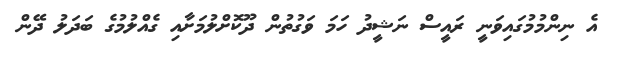
އެ ނިންމުމުގައިވަނީ ރައީސް ނަޝީދު ހަމަ ވަގުތުން ދޫކޮށްލުމަށާއި ގެއްލުމުގެ ބަދަލު ދޭން